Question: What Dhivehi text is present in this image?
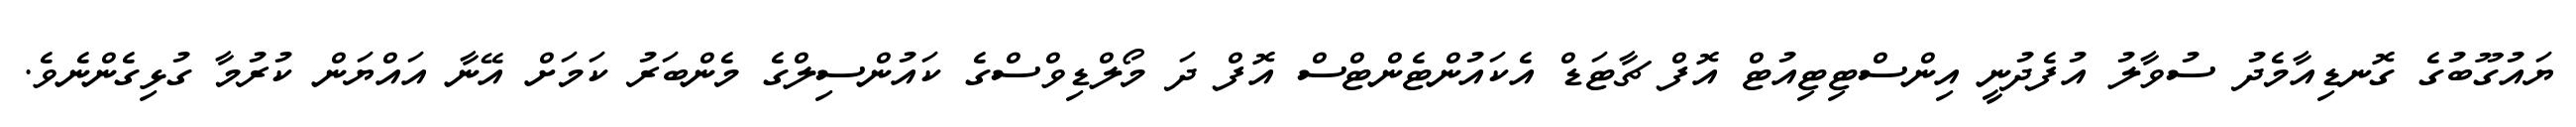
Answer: ޔައުގޫބުގެ ގޮނޑިއާމެދު ސުވާލު އުފެދުނީ އިންސްޓިޓިއުޓް އޮފް ޗާޓަޑް އެކައުންޓެންޓްސް އޮފް ދަ މޯލްޑިވްސްގެ ކައުންސިލްގެ މެންބަރު ކަމަށް އޭނާ އައްޔަން ކުރުމާ ގުޅިގެންނެވެ.